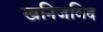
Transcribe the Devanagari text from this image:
खनिजविद